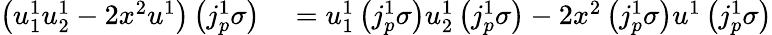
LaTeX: \begin{array}{rl}{\left(u_{1}^{1}u_{2}^{1}-2x^{2}u^{1}\right)\left(j_{p}^{1}\sigma\right)}&{{}=u_{1}^{1}\left(j_{p}^{1}\sigma\right)u_{2}^{1}\left(j_{p}^{1}\sigma\right)-2x^{2}\left(j_{p}^{1}\sigma\right)u^{1}\left(j_{p}^{1}\sigma\right)}\end{array}